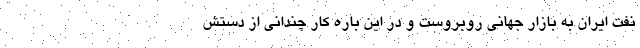
نفت ایران به بازار جهانی روبروست و در این باره کار چندانی از دستش